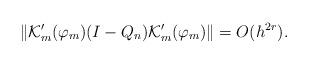
LaTeX: \begin{align*}\| \mathcal {K}_m' (\varphi_m) (I - Q_n) \mathcal {K}_m' (\varphi_m) \| = O (h^{2 r}).\end{align*}